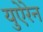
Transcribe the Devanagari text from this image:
युऐरेन